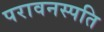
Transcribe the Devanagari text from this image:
परावनस्पति